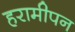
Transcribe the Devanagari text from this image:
हरामीपन